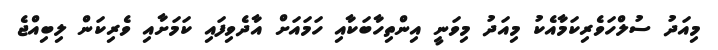
މިއަދު ސުލްހަވެރިކަމާއެކު މިއަދު މިވަނީ އިންތިހާބަކާއި ހަމައަށް އާދެވިފައި ކަމަށާއި ވެރިކަން ލިބިއްޖެ